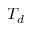
T _ { d }